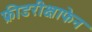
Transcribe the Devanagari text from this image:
फ्रीडरीक्षाफेन